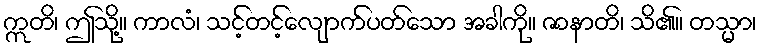
ဣတိ၊ ဤသို့။ ကာလံ၊ သင့်တင့်လျောက်ပတ်သော အခါကို။ ဇာနာတိ၊ သိ၏။ တသ္မာ၊